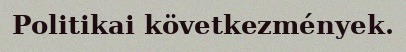
Politikai következmények.